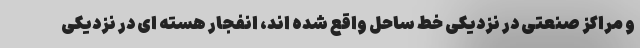
و مراکز صنعتی در نزدیکی خط ساحل واقع شده اند، انفجار هسته ای در نزدیکی